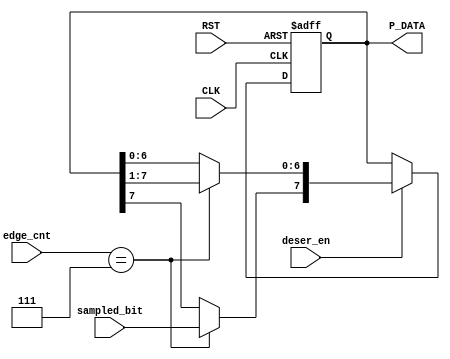
`timescale 1ns / 1ps
//////////////////////////////////////////////////////////////////////////////////
// Company: 
// Engineer: 
// 
// Design Name: 
// Module Name: DESERIALIZER (UART-RX)
// Project Name: LowPowerMultiClockDigtialCommuSys
// Target Devices: 
// Tool Versions: 
// Description: 
// 
// Dependencies: 
// 
// Revision:
// Revision 0.01 - File Created
// Additional Comments:
// 
/////////////////////////////////////////////////////////////////////////////////
module DESERIALIZER #(
    parameter DATA_WIDTH     = 8,
    parameter EDGE_CNT_WIDTH = 3
    ) (
    input   wire                          CLK,
    input   wire                          RST,
    input   wire                          deser_en,
    input   wire  [EDGE_CNT_WIDTH-1 : 0]  edge_cnt,
    input   wire                          sampled_bit,
    output  reg   [DATA_WIDTH-1     : 0]  P_DATA
    );


    always @(posedge CLK, negedge RST)
    begin
        if(~RST)
            P_DATA = 'b0;
        else if(deser_en) begin
            if (edge_cnt == {EDGE_CNT_WIDTH{1'b1}}) begin
                //P_DATA <= P_DATA<<1; P_DATA[0] <= sampled_bit;
                P_DATA               <= P_DATA>>1;
                P_DATA[DATA_WIDTH-1] <= sampled_bit;
            end
            else begin
                P_DATA = P_DATA;
            end
        end
        else
            P_DATA = P_DATA;
    end



endmodule